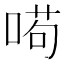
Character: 𠸚